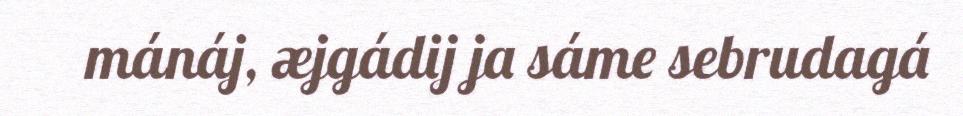
mánáj, æjgádij ja sáme sebrudagá